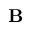
{ \bf B }